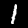
Label: 1